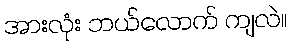
အားလုံး ဘယ်လောက် ကျလဲ။